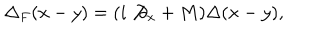
\Delta _ { F } ( x - y ) = ( i \not { \partial } _ { x } + M ) \Delta ( x - y ) ,